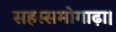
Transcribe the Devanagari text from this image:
सहस्समोगाढ़ा।